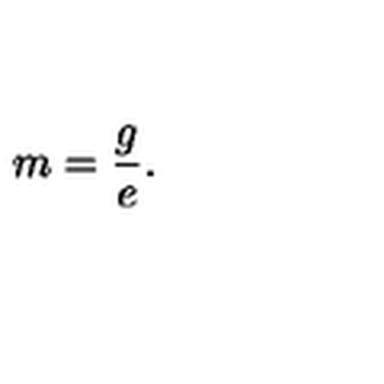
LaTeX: m = \frac { g } { e } .